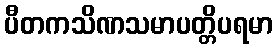
ပီတကသိဏသမာပတ္တိပရမာ